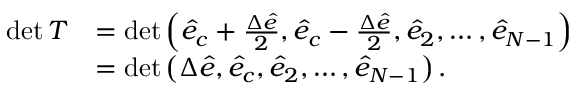
\begin{array} { r l } { \operatorname* { d e t } T } & { = \operatorname* { d e t } \Big ( \hat { e } _ { c } + \frac { \Delta \hat { e } } { 2 } , \hat { e } _ { c } - \frac { \Delta \hat { e } } { 2 } , \hat { e } _ { 2 } , \dots , \hat { e } _ { N - 1 } \Big ) } \\ & { = \operatorname* { d e t } \big ( { \Delta \hat { e } } , \hat { e } _ { c } , \hat { e } _ { 2 } , \dots , \hat { e } _ { N - 1 } \big ) \, . } \end{array}